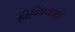
વિવિધતાથી